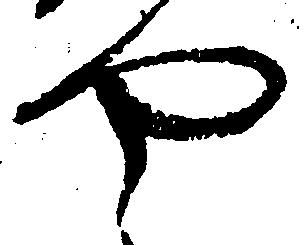
や